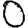
Digit: 0